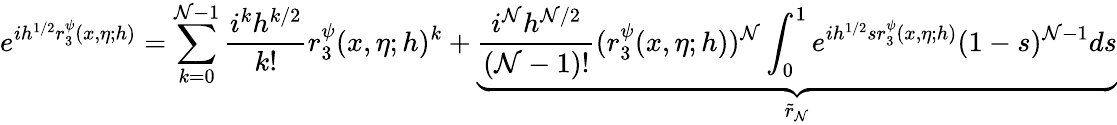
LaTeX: e^{ih^{1/2}r_{3}^{\psi}(x,\eta;h)}=\sum_{k=0}^{\mathcal{N}-1}\frac{{i^{k}h^{k/2}}}{{k!}}r_{3}^{\psi}(x,\eta;h)^{k}+\underbrace{{\frac{{i^{\mathcal{N}}h^{\mathcal{N}/2}}}{{(\mathcal{N}-1)!}}(r_{3}^{\psi}(x,\eta;h))^{\mathcal{N}}\int_{0}^{1}e^{ih^{1/2}sr_{3}^{\psi}(x,\eta;h)}(1-s)^{\mathcal{N}-1}ds}}_{\tilde{{r}}_{\mathcal{N}}}